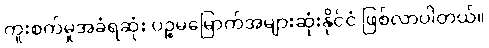
ကူးစက်မှုအခံရဆုံး ပဉ္စမမြောက်အများဆုံးနိုင်ငံ ဖြစ်လာပါတယ်။